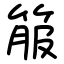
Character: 箙